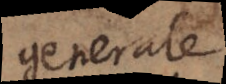
generale